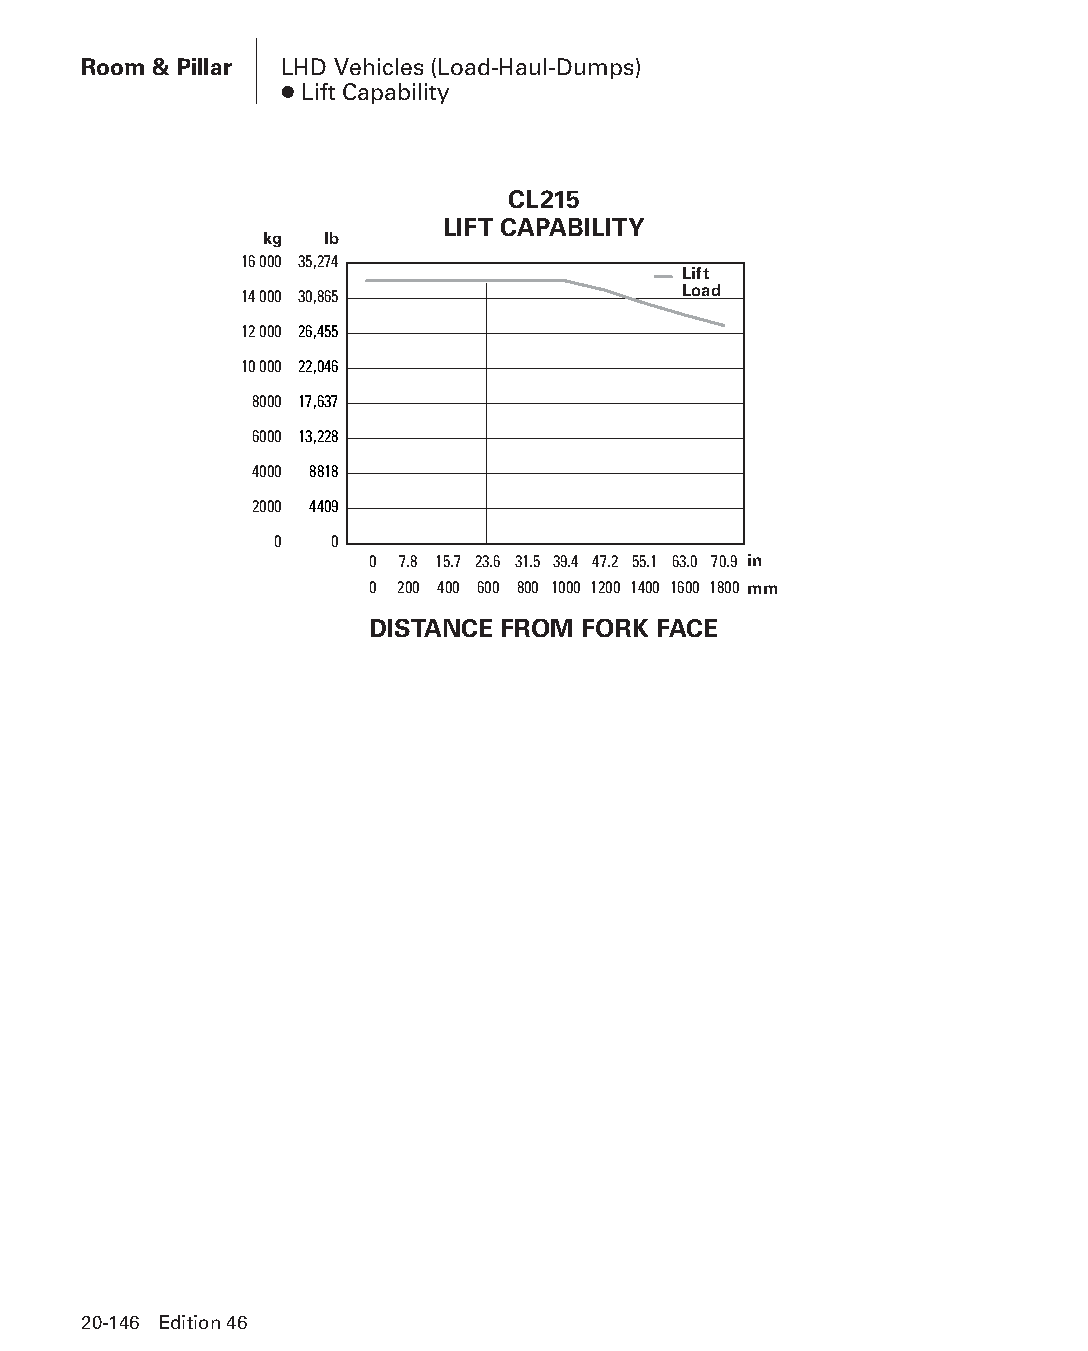
Room & Pillar LHD Vehicles (Load-Haul-Dumps)
 ● Lift Capability
 CL215
 LIFT CAPABILITY
 kg  lb
 16 000 35,274
 Lift
 14 000 30,865                Load
 12 000 26,455
 10 000 22,046
 8000 17,637
 6000 13,228
 4000 8818
 2000 4409
 0  0
 0 7.8 15.7 23.6 31.5 39.4 47.2 55.1 63.0 70.9 in
 0 200 400 600 800 1000 1200 1400 1600 1800 mm
 DISTANCE FROM FORK FACE
 20-146 Edition 46
 PPHHBB--SSeecc2200--RRoooomm__PPiillllaarr((ppgg112211--114488))..iinndddd 114466 1122//44//1155 1111::0033 AAMM